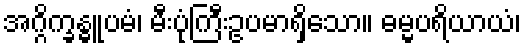
အဂ္ဂိက္ခန္ဓူပမံ၊ မီးပုံကြီးဥပမာရှိသော။ ဓမ္မပရိယာယံ၊